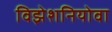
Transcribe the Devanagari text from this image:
विझेशनियोवा